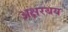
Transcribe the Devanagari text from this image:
अक्षरथय